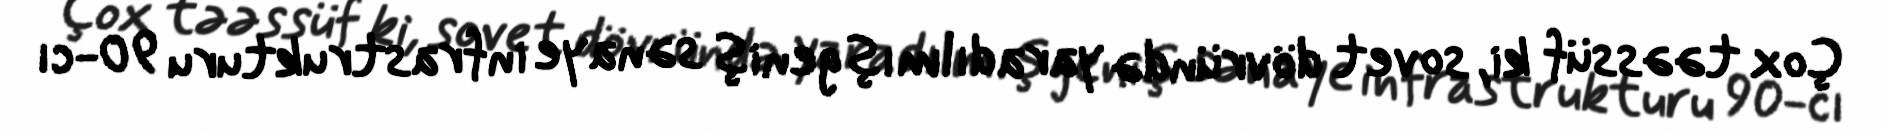
Çox təəssüf ki, sovet dövründə yaradılmış geniş sənaye infrastrukturu 90-cı